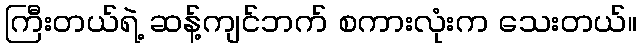
ကြီးတယ်ရဲ့ ဆန့်ကျင်ဘက် စကားလုံးက သေးတယ်။